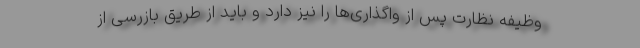
وظیفه نظارت پس از واگذاری‌ها را نیز دارد و باید از طریق بازرسی از